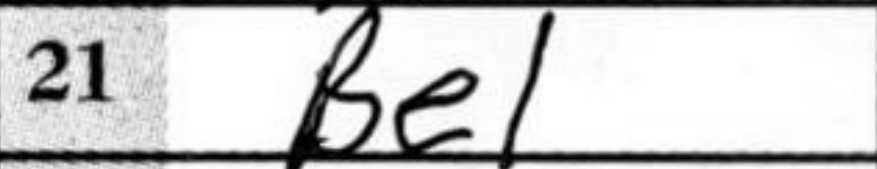
Transcription: Be1